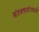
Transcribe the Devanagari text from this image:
संतवचनांनमध्ये